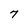
Character: 7